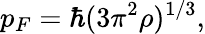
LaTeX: p_{F}=\hbar(3\pi^{2}\rho)^{1/3},